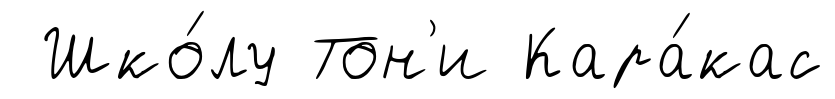
Шко́лу Тон'и Кара́кас